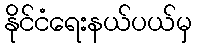
နိုင်ငံရေးနယ်ပယ်မှ